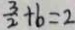
\frac { 3 } { 2 } + b = 2